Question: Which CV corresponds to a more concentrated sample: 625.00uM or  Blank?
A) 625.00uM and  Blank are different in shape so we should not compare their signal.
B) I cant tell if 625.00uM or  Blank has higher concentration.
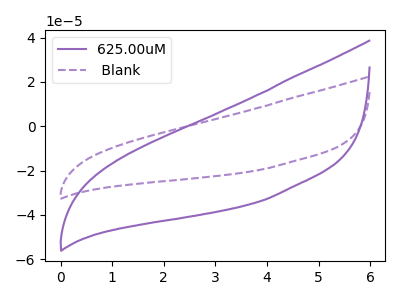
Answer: <think>The purple curve "625.00uM" has no peaks. The purple dashed curve " Blank" has no peaks.
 Neither "625.00uM" or " Blank" have any peaks.</think>
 <answer>B) I cant tell if "625.00uM" or " Blank" has higher concentration.</answer>
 <eval>B</eval>